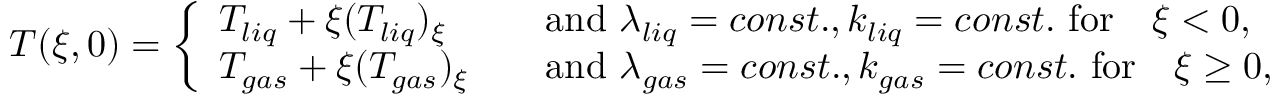
\begin{array} { r } { T ( \xi , 0 ) = \left\{ \begin{array} { l l } { T _ { l i q } + \xi ( T _ { l i q } ) _ { \xi } \quad } & { \mathrm { a n d ~ } \lambda _ { l i q } = c o n s t . , k _ { l i q } = c o n s t . \mathrm { ~ f o r } \quad \xi < 0 , } \\ { T _ { g a s } + \xi ( T _ { g a s } ) _ { \xi } \quad } & { \mathrm { a n d ~ } \lambda _ { g a s } = c o n s t . , k _ { g a s } = c o n s t . \mathrm { ~ f o r } \quad \xi \geq 0 , } \end{array} \right. } \end{array}